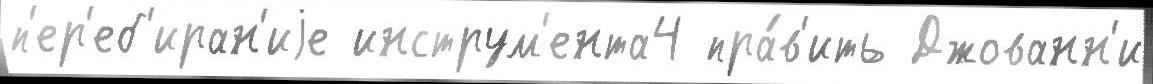
п'ер'еб'иран'иjе инструм'ента4 пра́в'ить Джованн'и